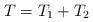
LaTeX: \begin{align*}T=T_{1}+T_{2}\end{align*}